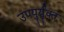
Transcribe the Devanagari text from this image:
उपयुर्युक्त